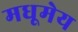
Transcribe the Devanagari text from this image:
मधूमेय